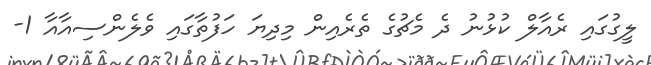
ލީގުގައި ރެއާލް ކުޅުނު ދެ މެޗުގެ ތެރެއިން މިދިޔަ ހަފުތާގައި ވެލެންސިއާއާ 1-